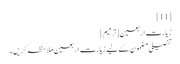
[11]
زیارت اربعین[ترمیم]
تفصیلی مضمون کے لیے زیارت اربعین ملاحظہ کریں۔